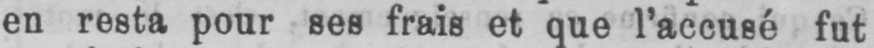
en resta pour ses frais et que l’accusé fut